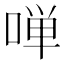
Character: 啴